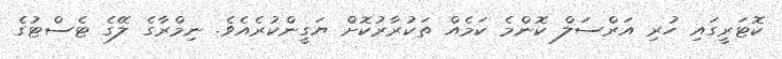
ކޮޓަރީގައި ހުރި އަރްސަލް ކޮންމެ ކަމެއް ތަކުރާރުކޮށް ޔަގީންކުރެއެވެ. ނިމްރާގެ ލޭގެ ޓެސްޓުގެ